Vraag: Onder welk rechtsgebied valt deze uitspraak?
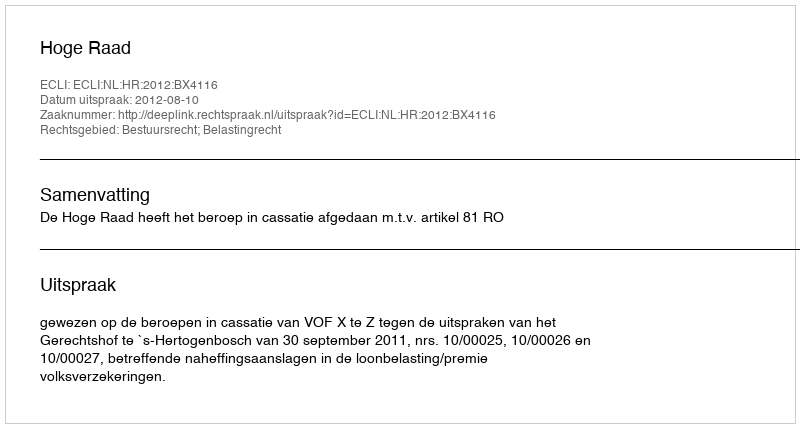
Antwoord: Bestuursrecht; Belastingrecht